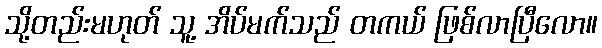
သို့တည်းမဟုတ် သူ့ အိပ်မက်သည် တကယ် ဖြစ်လာပြီလော။